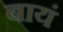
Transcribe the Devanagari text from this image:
बायं